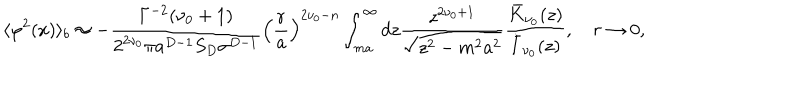
\langle \varphi ^ { 2 } ( x ) \rangle _ { b } \approx - \frac { \Gamma ^ { - 2 } ( \nu _ { 0 } + 1 ) } { 2 ^ { 2 \nu _ { 0 } } \pi a ^ { D - 1 } S _ { D } \sigma ^ { D - 1 } } \left( \frac { r } { a } \right) ^ { 2 \nu _ { 0 } - n } \int _ { m a } ^ { \infty } d z \frac { z ^ { 2 \nu _ { 0 } + 1 } } { \sqrt { z ^ { 2 } - m ^ { 2 } a ^ { 2 } } } \frac { \bar { K } _ { \nu _ { 0 } } ( z ) } { \bar { I } _ { \nu _ { 0 } } ( z ) } , \quad r \to 0 ,